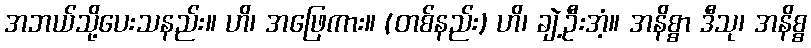
အဘယ်သို့ပေးသနည်း။ ဟိ၊ အဖြေကား။ (တစ်နည်း) ဟိ၊ ချဲ့ဦးအံ့။ အနိစ္စာ ဒီသု၊ အနိစ္စ